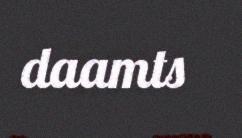
daamts